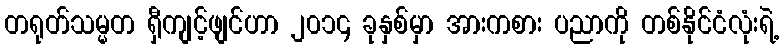
တရုတ်သမ္မတ ရှီကျင့်ဖျင်ဟာ ၂၀၁၄ ခုနှစ်မှာ အားကစား ပညာကို တစ်နိုင်ငံလုံးရဲ့